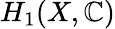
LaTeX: H_{1}(X,\mathbb{C})